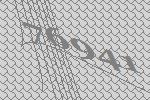
76941